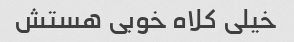
خیلی کلاه خوبی هستش